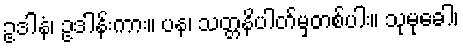
ဥဒါနံ၊ ဥဒါန်းကား။ ပန၊ သတ္တနိပါတ်မှတစ်ပါး။ သုမုခေါ၊